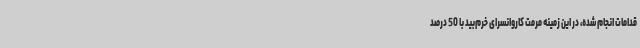
قدامات انجام شده، در این زمینه مرمت کاروانسرای خرم‌بید با 50 درصد